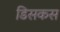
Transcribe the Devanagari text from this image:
डिसकस